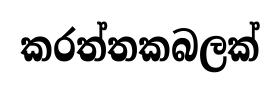
කරත්තකබලක්